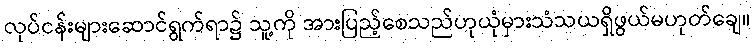
လုပ်ငန်းများဆောင်ရွက်ရာ၌ သူ့ကို အားပြည့်စေသည်ဟုယုံမှားသံသယရှိဖွယ်မဟုတ်ချေ။